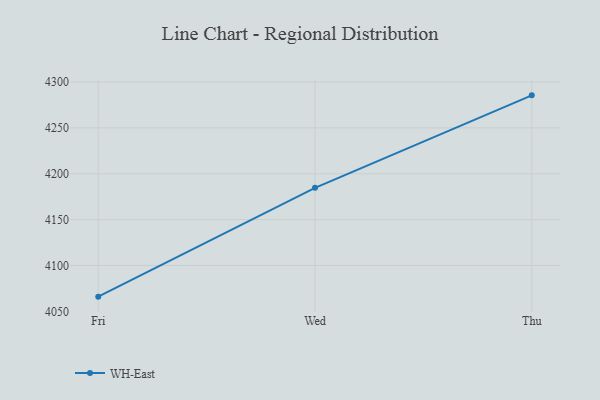
{"axis": {"x": "Day", "y": "Net Income (USD K)"}, "legend": ["WH-East"], "data": [{"x": "Fri", "y": 4066.0, "type": "WH-East"}, {"x": "Wed", "y": 4184.7, "type": "WH-East"}, {"x": "Thu", "y": 4285.5, "type": "WH-East"}]}